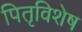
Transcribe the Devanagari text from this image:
पितृविशेष